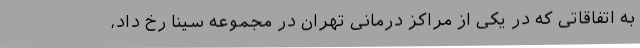
به اتفاقاتی که در یکی از مراکز درمانی تهران در مجموعه سینا رخ داد،